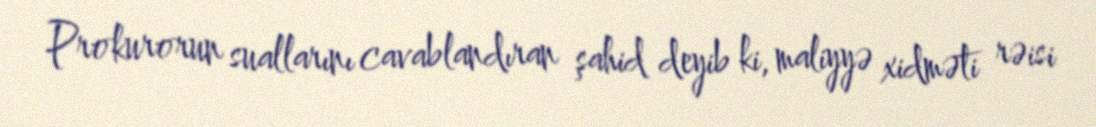
Prokurorun suallarını cavablandıran şahid deyib ki, maliyyə xidməti rəisi